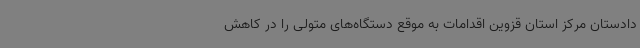
دادستان مرکز استان قزوین اقدامات به موقع دستگاه‌های متولی را در کاهش